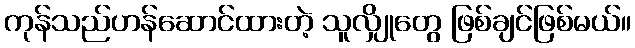
ကုန်သည်ဟန်ဆောင်ထားတဲ့ သူလျှိုတွေ ဖြစ်ချင်ဖြစ်မယ်။